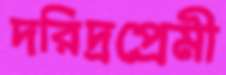
দরিদ্রপ্রেমী